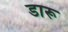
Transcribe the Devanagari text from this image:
डारू